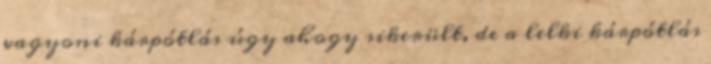
vagyoni kárpótlás úgy ahogy sikerült, de a lelki kárpótlás